Vital statistics of India. Vol. VI, European troops 1870-79
Year: 1870
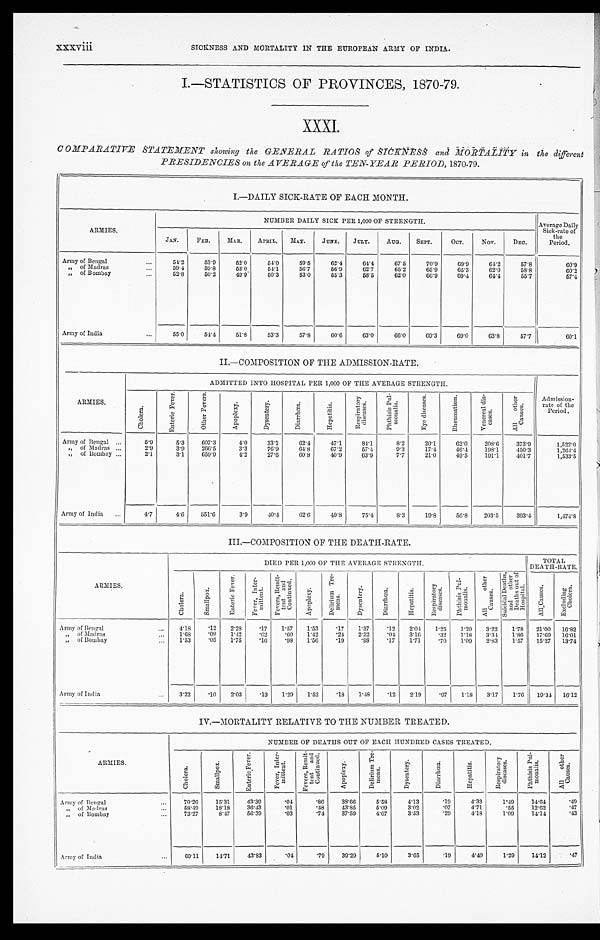
xxxviii
SICKNESS AND MORTALITY IN THE EUROPEAN ARMY OF INDIA.
I.—STATISTICS OF PROVINCES, 1870-79.
XXXI.
COMPARATIVE STATEMENT showing the GENERAL RATIOS of SICKNESS and in the different
PRESIDENCIES on the AVERAGE of the TEN-YEAR PERIOD, 1870-79.
I.—DAILY SICK-RATE OF EACH MONTH.
ARMIES.
NUMBER DAILY SICK PER 1,000 OF STRENGTH.
Average Daily
Sick-rate of
the
Period.
JAN.
FEB.
MAR.
APRIL.
MAY.
JUNE.
JULY.
AUG.
SEPT.
OCT.
NOV.
DEC.
Army of Bengal . . .
5 4 . 2
5 3 . 9
52.0
54.0
59.5
62.4
64.4
67.5
70.9
69.9
64.2
57.8
60.9
" o f M a d r a s . . .
59.4
59.8
53.0
54.1
56.7
56.9
62.7
65.2
65.9
65.3
62.0
58.8
60.2
" of Bombay . . .
5 2 . 8
5 0 . 2
49.9
50.3
53.0
55.3
58.5
62.0
66.9
69.4
64.4
55.7
57.4
Army of India . . .
55.0
5 4 . 4
51.8
53.3
57.8
60.6
63.0
66.0
69.3
69.0
63.8
57.7
60.1
II.—COMPOSITION OF THE ADMISSION-RATE.
ARMIES .
ADMITTED INTO HOSPITAL PER 1,000 OF THE AVERAGE STRENGTH.
Admission-
rate of the
Period.
C h o l e r a .
E n t e r i c F e v e r .
O t h e r F e v e r s .
A p o p l e x y .
D y s e n t e r y .
D i a r r h œ a .
H e p a t i t i s .
R e s p i r a t o r y d i s e a s e s .
P h t h i s i s P u l - m o n u l i s .
E y e d i s e a s e s .
R h e u m a t i s m .
V e n e r e a l d i s - e a s e s .
A l l o t h e r C a u s e s .
Army of Bengal . . .
5.9
5.3
607.3
4.0
33.1
62.4
47.1
84.1
8.2
20.1
62.0
208.6
373.9
1,522.0
" of Madras . . .
2.9
3.9
266.5
3.3
76.9
64.8
67.2
57.4
9.3
17.4
46.4
198.1
4 5 0 . 3
1,264.4
" of Bombay . . .
2.1
3.1
659.9
4.2
27.6
60.8
40.9
63.9
7.7
21.0
49.5
191.1
4 0 1 . 7
1,533.5
Army of India . . .
4.7
4.6
551.6
3.9
40.4
62.6
49.8
75.4
8.3
19.8
56.8
203.5
393.4
1,474.8
III.—COMPOSITION OF THE DEATH-RATE.
ARMIES.
DIED PER 1,000 OF THE AVERAGE STRENGTH.
TOTAL
D E A T H - R A T E .
C h o l e r a .
S m a l l p o x .
E n t e r i c F e v e r .
F e v e r , I n t e r - m i t t e n t .
F e v e r s R e m i t - t e n t a n d C o n t i n u e d .
A p o p l e x y .
D e l i r i u m T r e - m e n s .
D y s e n t e r y .
D i a r r h œ a .
H e p a t i t i s .
R e s p i r a t o r y d i s e a s e s .
P h t h i s i s P u l - m o n a l i s .
A l l o t h e r C a u s e s .
S u i c i d a l , D e a t h s a n d o t h e r D e a t h s o u t o f H o s p i t a l .
A l l C a u s e s .
E x c l u d i n g C h o l e r a .
Army of Bengal. . . .
4.18
.12
2.28
. 1 7 1.57
1.53
.17
1.37
.12
2.04
1.25
1.20
3.22
1.78
21.00
16.82
" o f M a d r a s . . .
1.68
. 0 9
1.42
. 0 2 .60
1.42
.24
2.32
.04
3.16
.32
1.18
3.34
1.86
17.69
16.01
" o f B o m b a y . . .
1.53
.05
1.75
. 1 6 .98
1.56
.19
. 9 8
.17
1 . 7 1
.70
1.09
2.83
1.57
15.27
13.74
A r m y o f I n d i a . . .
3.22
.10
2.03
. 1 3 1.29
1.52
.18
1.48
.12
2.19
.97
1.18
3.17
1.76
19.34
16.12
IV.—MORTALITY RELATIVE TO THE NUMBER TREATED.
ARMIES.
NUMBER OF DEATHS OUT OF EACH HUNDRED CASES TREATED.
C h o l e r a .
S m a l l p o x .
E n t e r i c F e v e r .
F e v e r , I n t e r - m i t t e n t .
F e v e r s , R e m i t - t e n t a n d C o n t i n u e d .
A p o p l e x y .
D e l i r i u m T r e - m e n s .
D y s e n t e r y .
D i a r r h œ a .
H e p a t i t i s .
R e s p i r a t o r y d i s e a s e s .
P h t h i s i s P u l - m o n a l i s .
A l l o t h e r C a u s e s .
Army of Bengal . . .
70.26
15.31
43.39
.04
. 8 6
38.66
5.58
4.13
.19
4.33
1.49
14.64
.49
58.49
18.18
36.43
.01
. 4 8
43.85
5.09
3.02
.07
4.71
.55
12.62
.47
" o f M a d r a s . . .
37.59
4.07
3.53
.29
4.18
1.09
14.14
.43
. 7 4
" of Bombay . . .
73.27
8.47
56.39
.03
A r m y o f I n d i a . . .
69.11
14.71
43.83
. 0 4
. 7 9
39.29
5.10
3.65
.19
4.40
1.29
14.12
.47